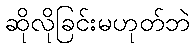
ဆိုလိုခြင်းမဟုတ်ဘဲ